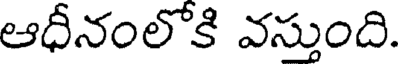
ఆధీనంలోకి వస్తుంది.